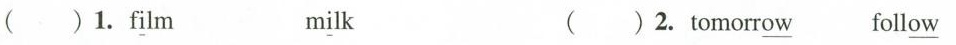
( )1.f\underline{i}lm m\underline{i}lk ( )2. Tomorr\underline{ow} follow